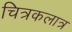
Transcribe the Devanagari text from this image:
चित्रकलात्र